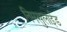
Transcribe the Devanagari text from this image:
निमसुलाईड